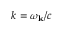
k = \omega _ { \mathbf { k } } / c